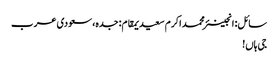
سائل: انجینئر محمد اکرم سعیدیمقام: جدہ، سعودی عرب
جی ہاں!